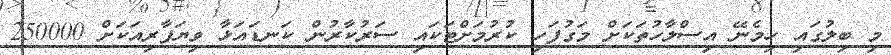
މި ބިލުގައި ހިމެނޭ އިސްލާހުތަކަށް މަގުފަހި ކުރުމަށްޓަކައި ސަރުކާރުން ކަނޑައަޅާ ވިޔަފާރިއަކަށް 250000